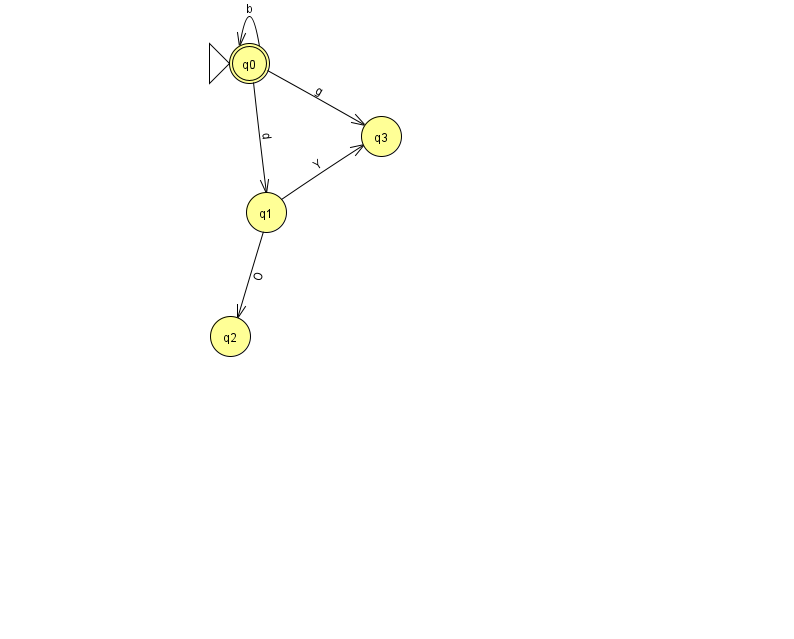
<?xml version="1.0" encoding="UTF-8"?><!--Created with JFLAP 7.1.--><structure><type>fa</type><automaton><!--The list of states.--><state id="0" name="q0"><x>249.0</x><y>50.0</y><initial/><final/></state><state id="1" name="q1"><x>266.0</x><y>199.0</y></state><state id="2" name="q2"><x>230.0</x><y>323.0</y></state><state id="3" name="q3"><x>381.0</x><y>123.0</y></state><!--The list of transitions.--><transition><from>0</from><to>0</to><read>b</read></transition><transition><from>1</from><to>2</to><read>O</read></transition><transition><from>1</from><to>3</to><read>Y</read></transition><transition><from>0</from><to>1</to><read>d</read></transition><transition><from>0</from><to>3</to><read>g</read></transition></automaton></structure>